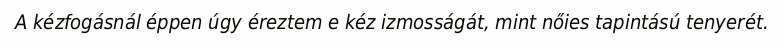
A kézfogásnál éppen úgy éreztem e kéz izmosságát, mint nőies tapintású tenyerét.